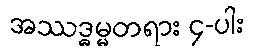
အဿဒ္ဓမ္မတရား ၄-ပါး